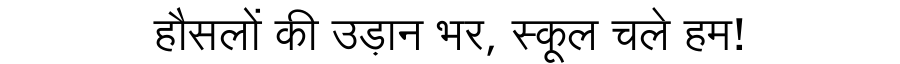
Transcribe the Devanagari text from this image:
हौसलों की उड़ान भर, स्कूल चले हम!